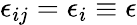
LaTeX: \epsilon_{ij}=\epsilon_{i}\equiv\epsilon